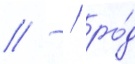
// ̄ / ро́д